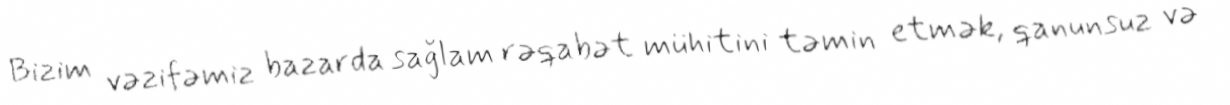
Bizim vəzifəmiz bazarda sağlam rəqabət mühitini təmin etmək, qanunsuz və